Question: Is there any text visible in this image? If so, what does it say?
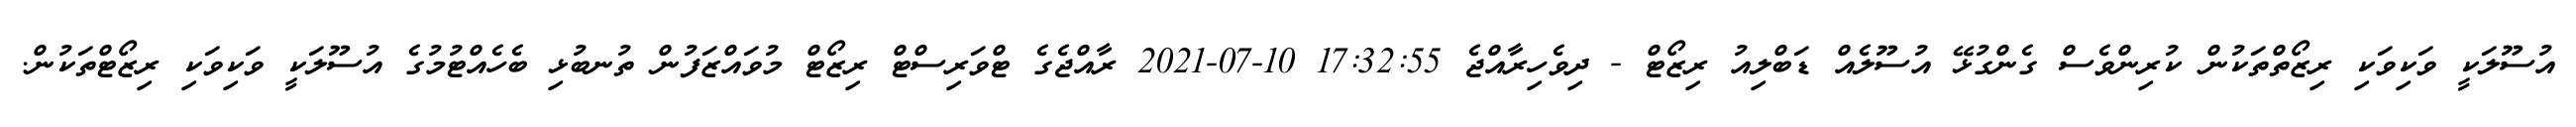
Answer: އުސޫލަކީ ވަކިވަކި ރިޒޯތްތަކުން ކުރިންވެސް ގެންގުޅޭ އުސޫލެއް ޑަބްލިއު ރިޒޯޓް - ދިވެހިރާއްޖެ 17:32:55 10-07-2021 ރާއްޖެގެ ޓްވަރިސްޓް ރިޒޯޓް މުވައްޒަފުން ތުނބުޅި ބެހެއްޓުމުގެ އުސޫލަކީ ވަކިވަކި ރިޒޯޓްތަކުން.